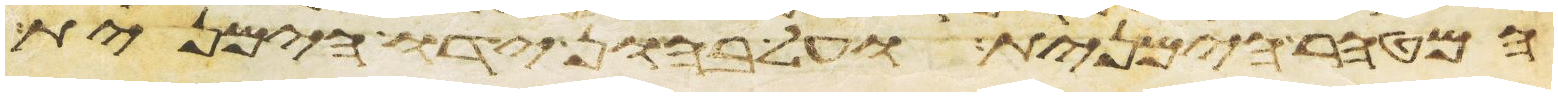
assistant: המטהר הימנית ועל בהון ידו הימנית